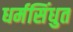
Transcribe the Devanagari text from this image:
धर्मसिंधुत